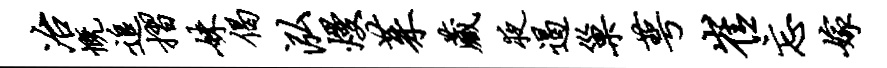
冶慨追摺妹偈泓熳茱藏夜遏巢萼崔忘嫁